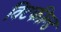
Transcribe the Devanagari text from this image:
विटफील्ड